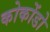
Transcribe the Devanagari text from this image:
कोकोंडो